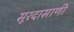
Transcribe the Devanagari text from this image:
सूरदासाणी